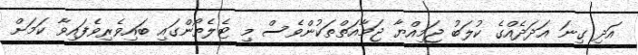
އަދި ގިނަ އަަދަދެއްގެ ކުލަބު ޖަމިއްޔާ ޖަމާއަތްތަކުންވެސް މި ޓެލެތޯންގައި ބައިވެރިވެފައިވާ ކަމަށް